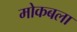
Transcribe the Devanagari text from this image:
मोकबला